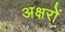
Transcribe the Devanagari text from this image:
अक्षरोें